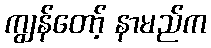
ကျွန်တော့် နာမည်က